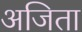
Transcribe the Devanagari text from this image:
अजिता